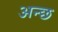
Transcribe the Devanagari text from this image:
अन्छ